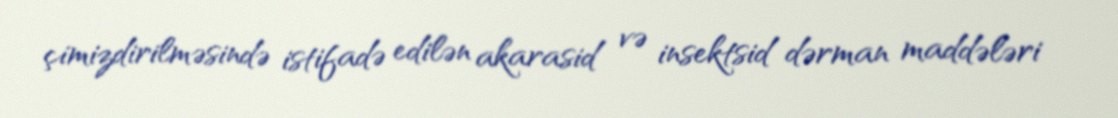
çimizdirilməsində istifadə edilən akarasid və insektsid dərman maddələri